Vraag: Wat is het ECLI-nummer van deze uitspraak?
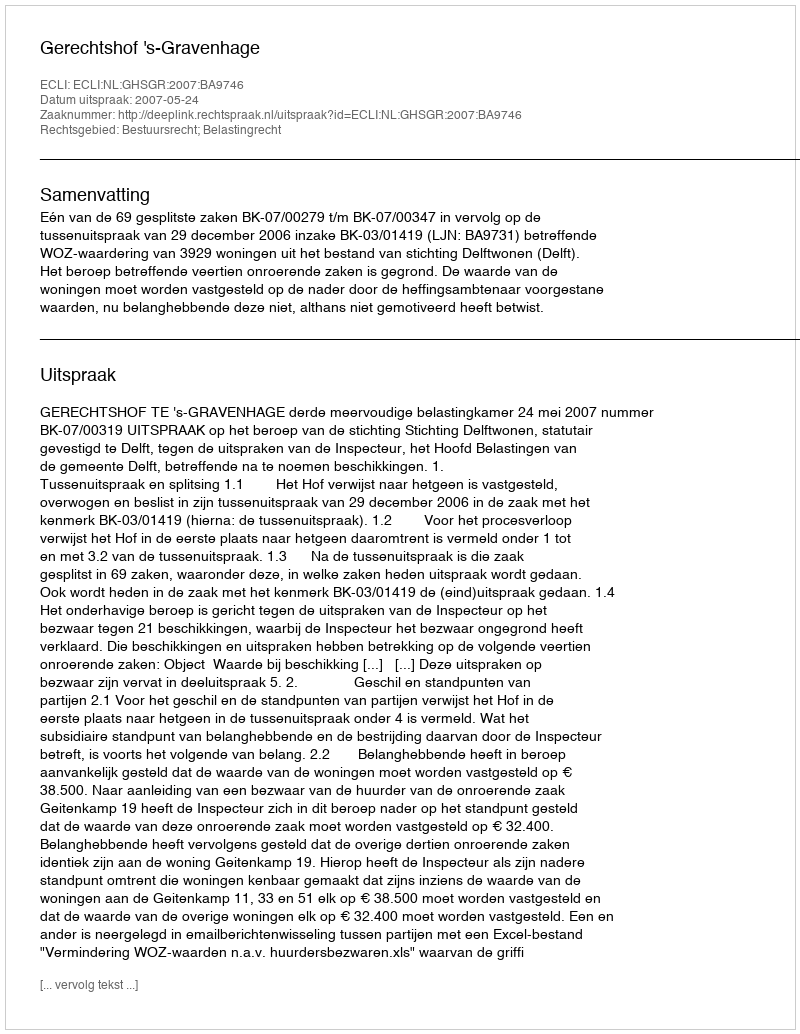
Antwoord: ECLI:NL:GHSGR:2007:BA9746